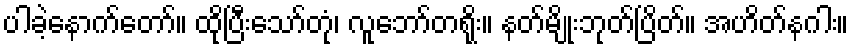
ပါခဲ့နောက်တော်။ ထိုပြီးသော်တုံ၊ လူဘော်တရိုး။ နတ်မျိုးဘုတ်ပြိတ်။ အဟိတ်နဂါး။